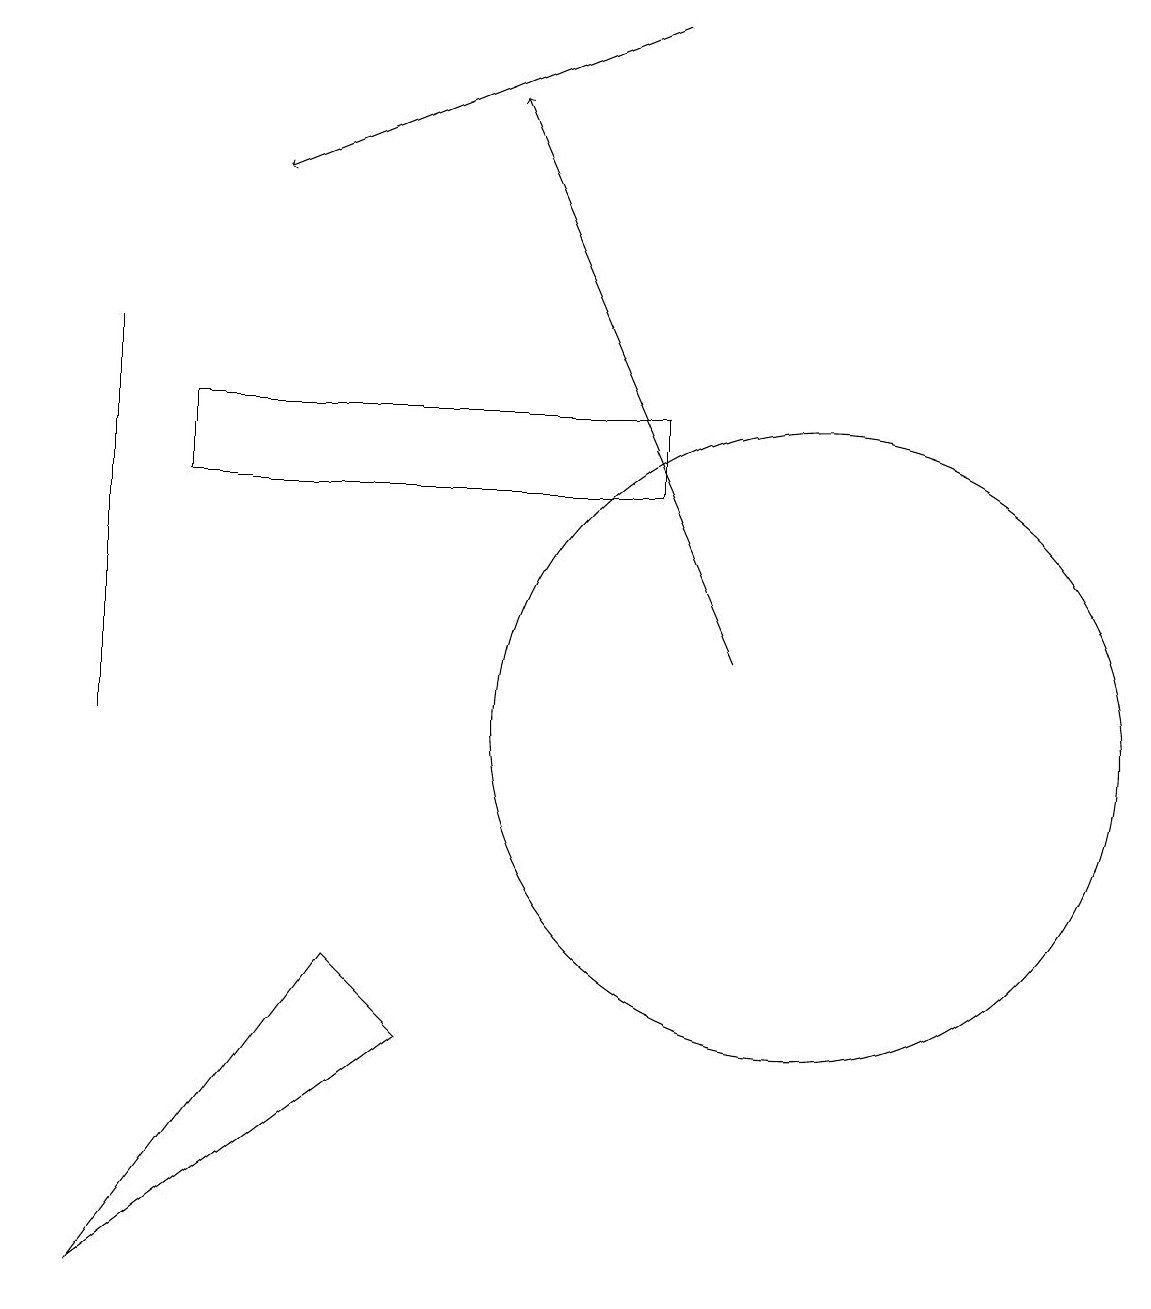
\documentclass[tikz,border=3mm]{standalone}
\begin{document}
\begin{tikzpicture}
\draw (5,6) -- (1,3) -- (4,7) -- cycle;
\draw (10,10) circle (4);
\draw (1,15) rectangle (1,10);
\draw (8,13) rectangle (2,14);
\draw[->] (0,19) -- (0,19);
\draw[->] (8,19) -- (3,17);
\draw[->] (9,11) -- (6,18);
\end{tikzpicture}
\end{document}